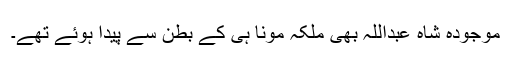
موجودہ شاہ عبداللہ بھی ملکہ مونا ہی کے بطن سے پیدا ہوئے تھے۔